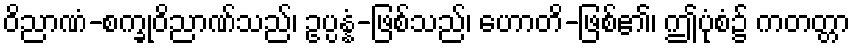
ဝိညာဏံ-စက္ခုဝိညာဏ်သည်၊ ဥပ္ပန္နံ-ဖြစ်သည်၊ ဟောတိ-ဖြစ်၏၊ ဤပုံစံ၌ ကတတ္တာ